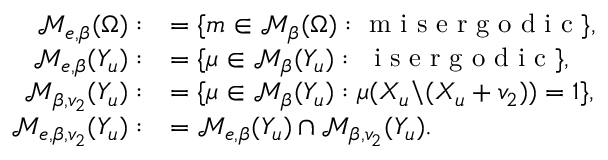
\begin{array} { r l } { \mathcal { M } _ { e , \beta } ( \Omega ) : } & { = \{ m \in \mathcal { M } _ { \beta } ( \Omega ) : \textrm { m i s e r g o d i c } \} , } \\ { \mathcal { M } _ { e , \beta } ( Y _ { u } ) : } & { = \{ \mu \in \mathcal { M } _ { \beta } ( Y _ { u } ) : \textrm { \mu i s e r g o d i c } \} , } \\ { \mathcal { M } _ { \beta , v _ { 2 } } ( Y _ { u } ) : } & { = \{ \mu \in \mathcal { M } _ { \beta } ( Y _ { u } ) : \mu ( X _ { u } \backslash ( X _ { u } + v _ { 2 } ) ) = 1 \} , } \\ { \mathcal { M } _ { e , \beta , v _ { 2 } } ( Y _ { u } ) : } & { = \mathcal { M } _ { e , \beta } ( Y _ { u } ) \cap \mathcal { M } _ { \beta , v _ { 2 } } ( Y _ { u } ) . } \end{array}